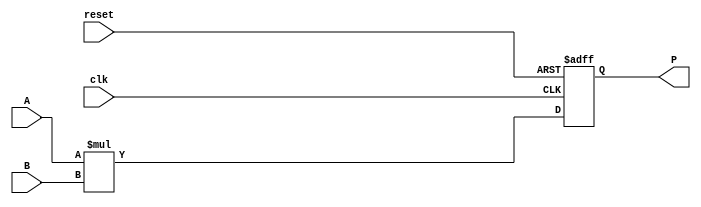
module parameterized_multiplier #(
    parameter WIDTH_A = 8,  // Bit-width of the first operand
    parameter WIDTH_B = 8,  // Bit-width of the second operand
    parameter WIDTH_P = WIDTH_A + WIDTH_B  // Bit-width of the product
)(
    input  wire [WIDTH_A-1:0] A,  // First operand
    input  wire [WIDTH_B-1:0] B,  // Second operand
    input  wire clk,               // Clock signal
    input  wire reset,             // Active-high reset signal
    output reg  [WIDTH_P-1:0] P    // Product output
);

    // Always block for synchronous operation
    always @(posedge clk or posedge reset) begin
        if (reset) begin
            P <= 0;  // Initialize product to zero on reset
        end else begin
            P <= A * B;  // Compute the product of A and B
        end
    end

endmodule